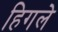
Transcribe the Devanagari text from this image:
हिगले